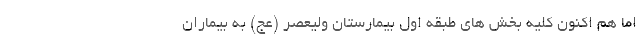
اما هم اکنون کلیه بخش های طبقه اول بیمارستان ولیعصر (عج) به بیماران